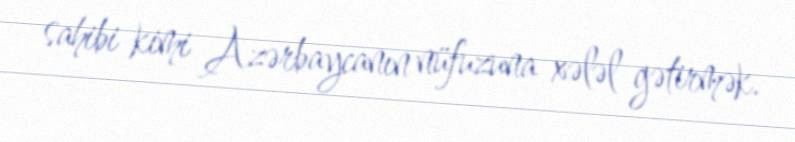
sahibi kimi Azərbaycanın nüfuzuna xələl gətirmək.